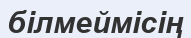
білмеймісің